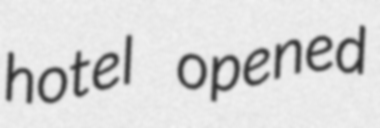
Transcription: hotel opened